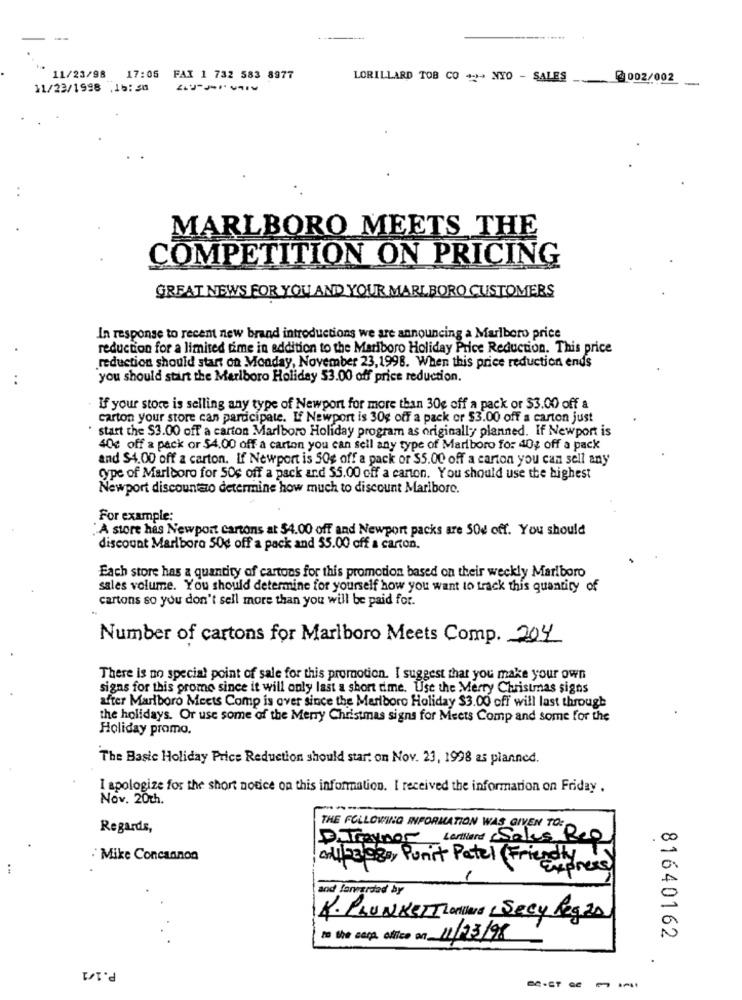
11/23/98
17:05
FAI 1 732 583 8977
LORILLARD TOB CO ++- NYO - SALES
@ 002/002
11/23/1998 ,15:30
MARLBORO MEETS THE
COMPETITION ON PRICING
GREAT NEWS FOR YOU AND YOUR MARLBORO CUSTOMERS
In response to recent new brand introductions we are announcing a Marlboro price
reduction for a limited time in addition to the Mariboro Holiday Price Reduction. This price
reduction should start on Monday, November 23,1998. When this price reduction ends
..
you should start the Marlboro Holiday 53.00 off price reduction.
If your store is selling any type of Newport for more than 30e off a pack or $3.00 off a
carton your store can participate. If Newport is 30g off a pack or $3.00 off a carton just
start the $3.00 off a carton Marlboro Holiday program as originally planned. If Newport is
40€ off a pack or $4.00 off a carton you can sell any type of Marlboro for 40% off a pack
and $4.00 off a carton. If Newport is SOg off a pack or S5.00 off a carton you can sell any
Cype of Marlboro for 50; off a pack and $5.00 off a carton. You should use the highest
Newport discountato determine how much to discount Maribore.
For example:
"A store has Newport cartons at 54.00 off and Newport packs are SOd off. You should
discount Marlboro 50g off a pack and 55.00 off a carton.
Each store has a quantity of cartons for this promotion based on their weekly Marlboro
sales volume. You should determine for yourself how you want to track this quantity of
cartons so you don't sell more than you will be paid for.
Number of cartons for Marlboro Meets Comp. 204
There is no special point of sale for this promotion. I suggest that you make your own
signs for this promo since it will only last a short time. Use the Merry Christmas signs
after Marlboro Meets Comp is over since the Marlboro Holiday $3.00 off will last through
the holidays. Or use some of the Merry Christmas signs for Meets Comp and some for the
Holiday promo.
The Basic Holiday Price Reduction should start on Nov. 23, 1998 as planned.
I apologize for the short notice on this information. I received the information on Friday .
Nov. 20th.
Regards,
THE FOLLOWING INFORMATION WAS GIVEN TO:
3.Traynor
Lortland Sales Rep
. Co
. Mike Concannon
allorag, Punit Patel Friendly,
Express
and forwarded by
K. PLUNKETT Lorilard Secy Reg.20
to the cara, ofice on 11/03/98
N
81640162
P.1/1